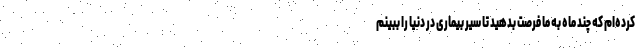
کرده‌ام که چند ماه به ما فرصت بدهید تا سِیر بیماری در دنیا را ببینم